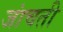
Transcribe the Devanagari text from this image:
जांचती